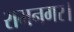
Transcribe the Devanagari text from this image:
रामनगर।